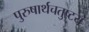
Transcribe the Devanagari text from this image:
पुरुषार्थचतुष्टय